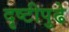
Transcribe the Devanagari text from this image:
दृष्टीपुढे